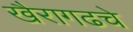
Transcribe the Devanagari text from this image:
खैरागढचे